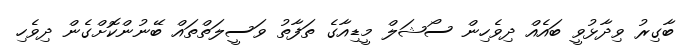
ބާގިރު ވިދާޅުވީ ބައެއް ދިވެހިން ސޯޝަލް މީޑިއާގެ ތަފާތު ވަސީލަތްތައް ބޭނުންކޮށްގެން ދިވެހި